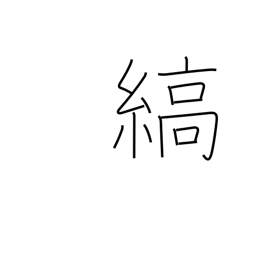
Meaning: stripe